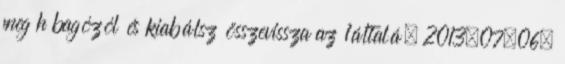
meg h bagózól és kiabálsz összevissza az 1általá. 2013.07.06.